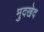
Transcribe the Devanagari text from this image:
मुदखेद